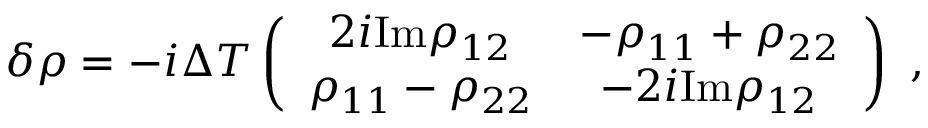
\delta \rho = - i \Delta T \left( \begin{array} { c c } { { 2 i \mathrm { I m } \rho _ { 1 2 } } } & { { - \rho _ { 1 1 } + \rho _ { 2 2 } } } \\ { { \rho _ { 1 1 } - \rho _ { 2 2 } } } & { { - 2 i \mathrm { I m } \rho _ { 1 2 } } } \end{array} \right) \ ,